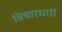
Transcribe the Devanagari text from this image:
विचारधारी